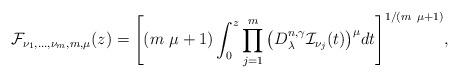
LaTeX: \begin{align*}\mathcal{F}_{\nu _{1},...,\nu _{m},m,\mu }(z)=\Bigg[(m\ \mu+1)\int_{0}^{z}\prod_{j=1}^{m}\big(D_{\lambda }^{n,\gamma }\mathcal{I}_{\nu_{j}}(t)\big)^{\mu }dt\Bigg]^{1/(m\ \mu +1)}, \end{align*}